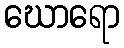
ဃောရော